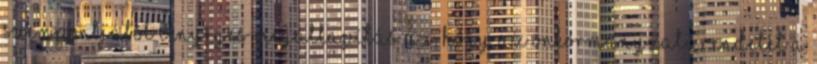
szempontjából lényeges megállapítás az, hogy az önkormányzati rendelet a